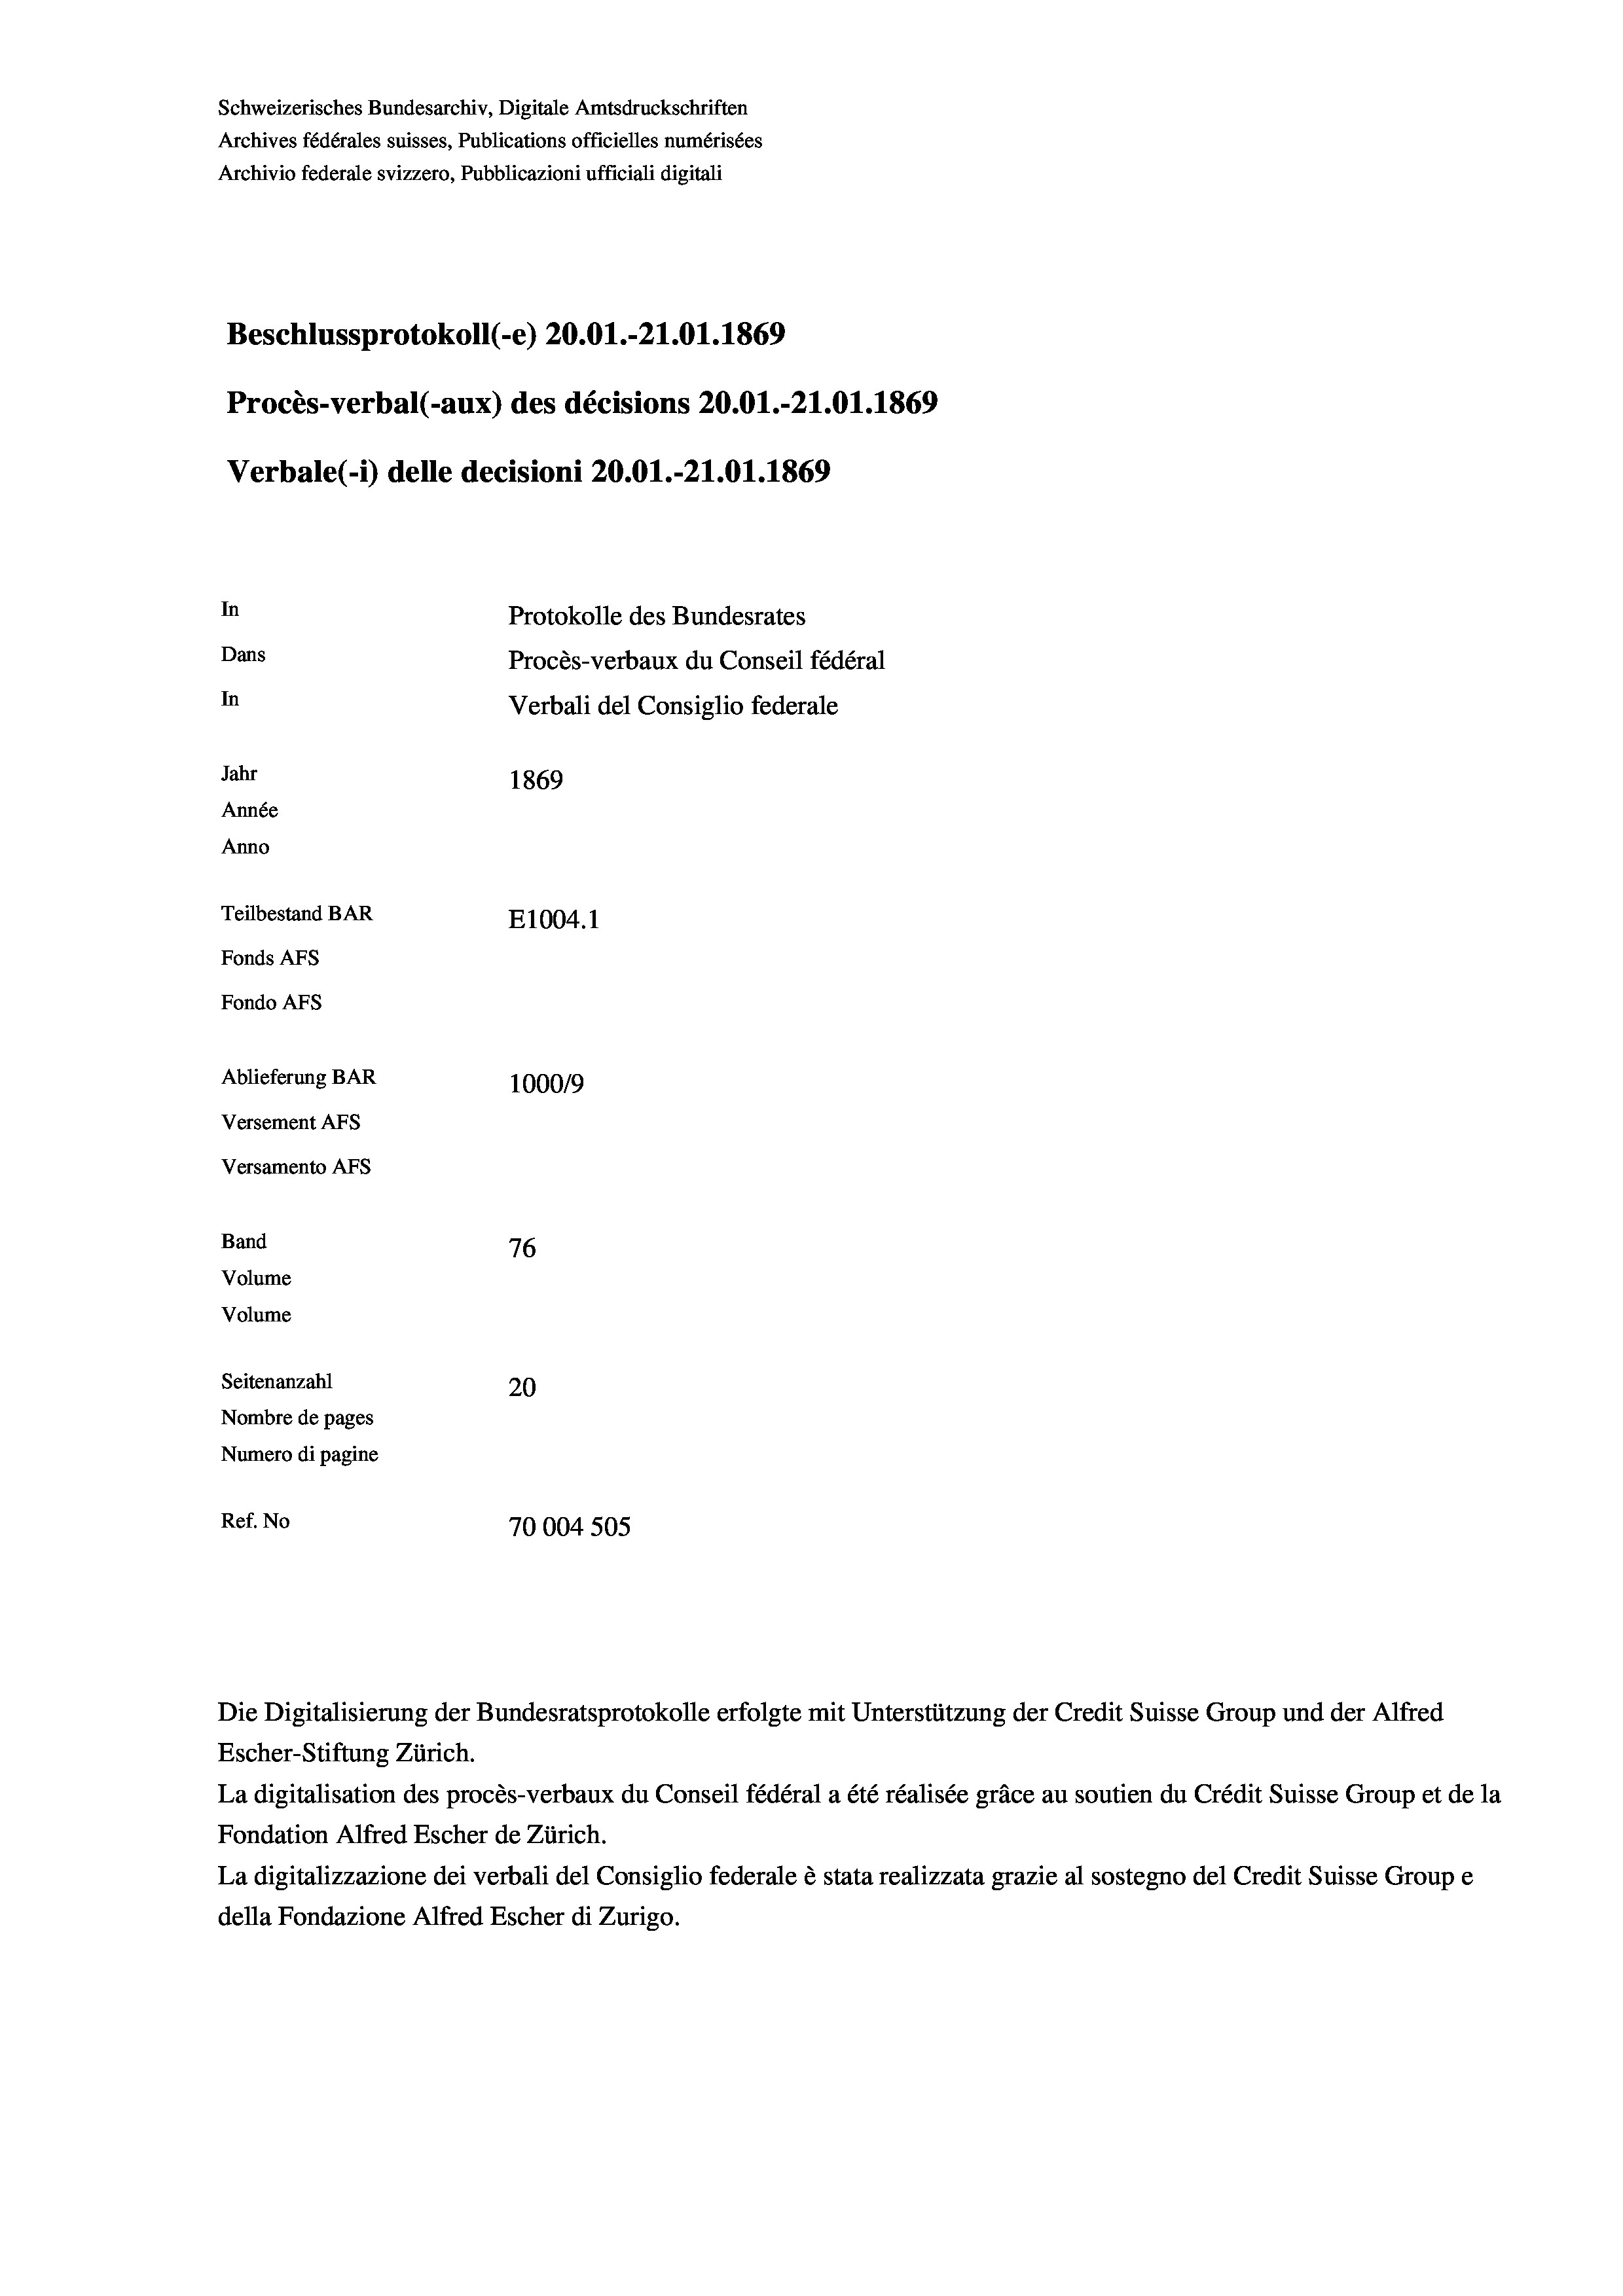
Schweizerisches Bundesarchiv, Digitale Amtsdruckschriften
Archives fédérales suisses, Publications officielles numérisées
Archivio federale svizzero, Pubblicazioni ufficiali digitali
Beschlussprotokoll (-e) 20.01.-21.01. 1869
Procès-verbal (-aux) des décisions 20.01.-21.01. 1869
Verbale (- 1) delle decisioni 20.01.-21.01. 1869
In
Protokolle des Bundesrates
Dans
Procès-verbaux du Conseil fédéral
In
Verbali del Consiglio federale
Jahr
1869
Année
Anno
Teilbestand BAR
E1004.1
Fonds AFs
Fondo Afs
Ablieferung BAR
100019
Versement Ans
Versamento Afs

Band
Volume
Volume

76
Seitenanzahl
20
Nombre de pages
Numero di pagine
Ref. No
70004 505

Escher-Stiftung Zürich.
La digitalisation des procès-verbaux du Conseil fédéral a été réalisée gräce au soutien du Crédit Suisse Group et de la
Fondation Alfred Escher de Zürich.
La digitalizzazione dei verbali del Consiglio federale è stata realizzata grazie al sostegno del Credit Suisse Groupe
della Fondazione Alfred Escher di Zurigo.

Die Digitalisierung der Bundesratsprotokolle erfolgte mit Unterstützung der Credit Suisse Group und der Alfred